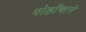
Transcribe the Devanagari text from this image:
पोहोंचाने